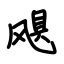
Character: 飓